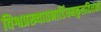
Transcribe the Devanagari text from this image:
विश्वप्रख्यातनाडिंधमकुलतिलको